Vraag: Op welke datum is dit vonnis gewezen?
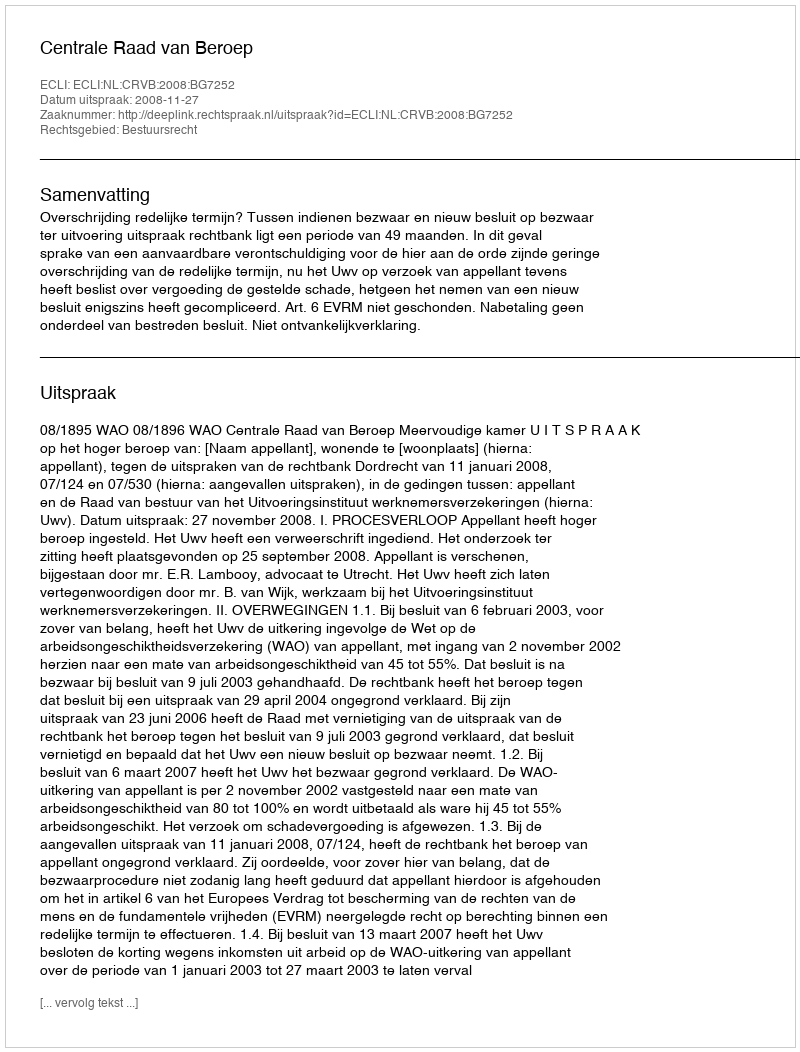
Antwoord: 2008-11-27